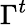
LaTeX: \Gamma^{t}